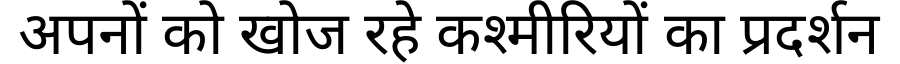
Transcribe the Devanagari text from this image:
अपनों को खोज रहे कश्मीरियों का प्रदर्शन